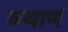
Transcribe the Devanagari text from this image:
ब्याणं